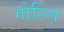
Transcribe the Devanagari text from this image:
गोरिल